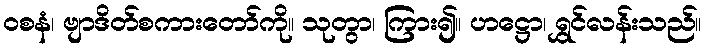
ဝစနံ၊ ဗျာဒိတ်စကားတော်ကို။ သုတွာ၊ ကြား၍။ ဟဋ္ဌော၊ ရွှင်လန်းသည်။